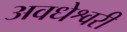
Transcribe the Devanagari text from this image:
अवधेश्वरी